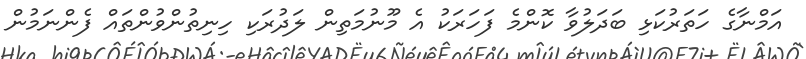
އަމްނާގެ ހަތަރުކަޅި ބަދަލުވާ ކޮންމެ ފަހަރަކު އެ މޫނުމަތިން ލަދުރަކި ހިނިތުންވުންތައް ފެންނަމުން